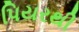
પિયરથી